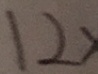
1 2 >